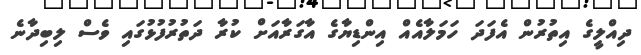
ދިއްލީގެ އިތުރުން އެފަދަ ހަމަލާއެއް އިންޑިޔާގެ އާގަރާއަށް ކުރާ ދަތުރުފުޅުގައި ވެސް ލިބިދާނެ